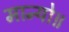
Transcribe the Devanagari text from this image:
मान्यो॥